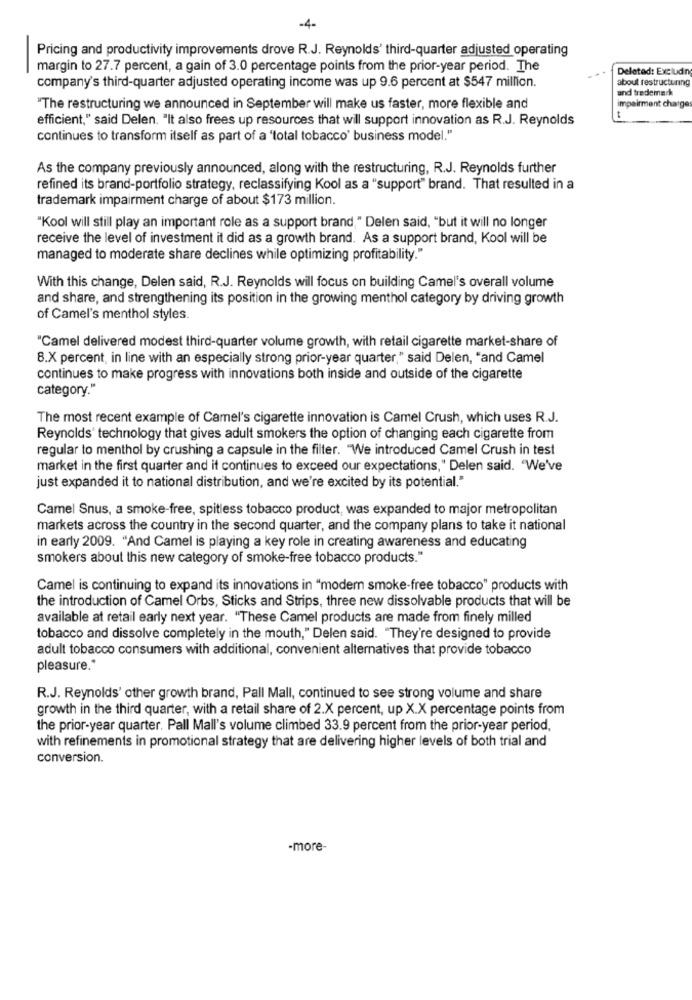
-4-
Pricing and productivity improvements drove R.J. Reynolds' third-quarter adjusted operating
-
margin to 27.7 percent, a gain of 3.0 percentage points from the prior-year period. The
Deleted: Excludr
about restructuring
company's third-quarter adjusted operating income was up 9.6 percent at $547 million.
and trademark
"The restructuring we announced in September will make us faster, more flexible and
impairment charge
efficient," said Delen. "It also frees up resources that will support innovation as R.J. Reynolds
continues to transform itself as part of a 'total tobacco' business model."
As the company previously announced, along with the restructuring, R.J. Reynolds further
refined its brand-portfolio strategy, reclassifying Kool as a "support" brand. That resulted in a
trademark impairment charge of about $173 million.
"Kool will still play an important role as a support brand," Delen said, "but it will no longer
receive the level of investment it did as a growth brand. As a support brand, Kool will be
managed to moderate share declines while optimizing profitability."
With this change, Delen said, R.J. Reynolds will focus on building Camel's overall volume
and share, and strengthening its position in the growing menthol category by driving growth
of Camel's menthol styles.
"Camel delivered modest third-quarter volume growth, with retail cigarette market-share of
8.X percent, in line with an especially strong prior-year quarter," said Delen, "and Camel
continues to make progress with innovations both inside and outside of the cigarette
category."
The most recent example of Camel's cigarette innovation is Camel Crush, which uses R.J.
Reynolds' technology that gives adult smokers the option of changing each cigarette from
regular to menthol by crushing a capsule in the filter. "We introduced Camel Crush in test
market in the first quarter and it continues to exceed our expectations," Delen said. "We've
just expanded it to national distribution, and we're excited by its potential."
Camel Snus, a smoke-free, spitless tobacco product, was expanded to major metropolitan
markets across the country in the second quarter, and the company plans to take it national
in early 2009. "And Camel is playing a key role in creating awareness and educating
smokers about this new category of smoke-free tobacco products."
Camel is continuing to expand its innovations in "modern smoke-free tobacco" products with
the introduction of Camel Orbs, Sticks and Strips, three new dissolvable products that will be
available at retail early next year. "These Camel products are made from finely milled
tobacco and dissolve completely in the mouth," Delen said. "They're designed to provide
adult tobacco consumers with additional, convenient alternatives that provide tobacco
pleasure."
R.J. Reynolds' other growth brand, Pall Mall, continued to see strong volume and share
growth in the third quarter, with a retail share of 2.X percent, up X.X percentage points from
the prior-year quarter. Pall Mall's volume climbed 33.9 percent from the prior-year period,
with refinements in promotional strategy that are delivering higher levels of both trial and
conversion.
-more-